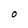
Character: O